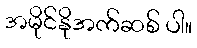
အမိုင်နိုအက်ဆစ် ပါ။